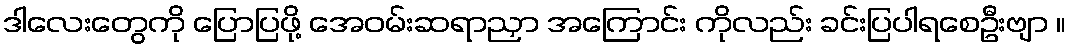
ဒါလေးတွေကို ပြောပြဖို့ အေဝမ်းဆရာညှာ အကြောင်း ကိုလည်း ခင်းပြပါရစေဦးဗျာ ။